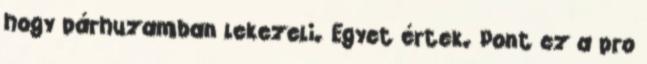
hogy párhuzamban lekezeli. Egyet értek. Pont ez a pro